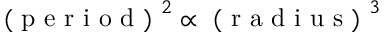
\mathrm { ~ ( ~ p ~ e ~ r ~ i ~ o ~ d ~ ) ~ } ^ { 2 } \propto \mathrm { ~ ( ~ r ~ a ~ d ~ i ~ u ~ s ~ ) ~ } ^ { 3 }